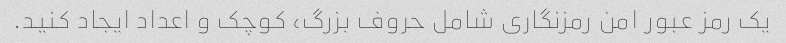
یک رمز عبور امن رمزنگاری شامل حروف بزرگ، کوچک و اعداد ایجاد کنید.